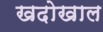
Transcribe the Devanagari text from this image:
खदोखाल